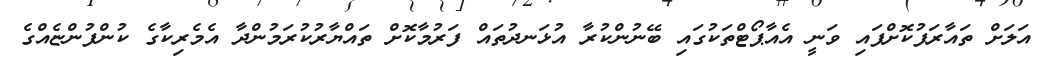
އަލަށް ތައާރަފުކޮށްފައި ވަނީ އެއާޕޯޓްތަކުގައި ބޭނުންކުރާ އުޅަނދުތައް ފަރުމާކޮށް ތައްޔާރުކުރަމުންދާ އެމެރިކާގެ ކުންފުންޏެއްގެ